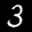
Label: 3